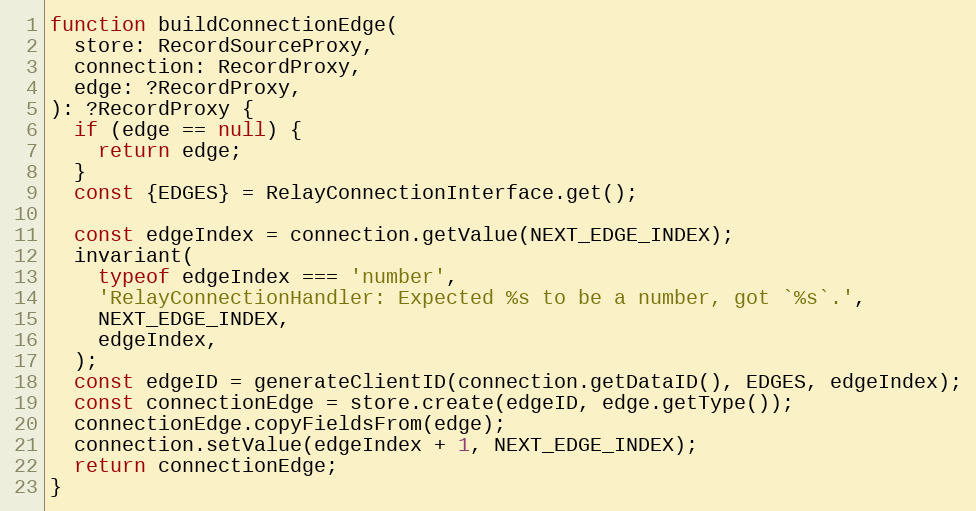
Language: JavaScript
function buildConnectionEdge(
  store: RecordSourceProxy,
  connection: RecordProxy,
  edge: ?RecordProxy,
): ?RecordProxy {
  if (edge == null) {
    return edge;
  }
  const {EDGES} = RelayConnectionInterface.get();

  const edgeIndex = connection.getValue(NEXT_EDGE_INDEX);
  invariant(
    typeof edgeIndex === 'number',
    'RelayConnectionHandler: Expected %s to be a number, got `%s`.',
    NEXT_EDGE_INDEX,
    edgeIndex,
  );
  const edgeID = generateClientID(connection.getDataID(), EDGES, edgeIndex);
  const connectionEdge = store.create(edgeID, edge.getType());
  connectionEdge.copyFieldsFrom(edge);
  connection.setValue(edgeIndex + 1, NEXT_EDGE_INDEX);
  return connectionEdge;
}